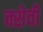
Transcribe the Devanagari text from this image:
क्सेवी